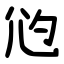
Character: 尦